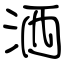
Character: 洒